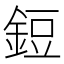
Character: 鋀